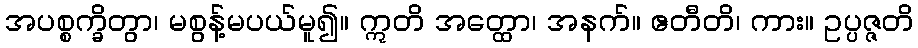
အပစ္စက္ခိတွာ၊ မစွန့်မပယ်မူ၍။ ဣတိ အတ္ထော၊ အနက်။ ဧတီတိ၊ ကား။ ဥပ္ပဇ္ဇတိ